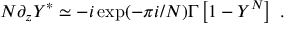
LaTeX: N \partial _ { z } Y ^ { * } \simeq - i \exp ( - \pi i / N ) \Gamma \left[ 1 - Y ^ { N } \right] ~ .